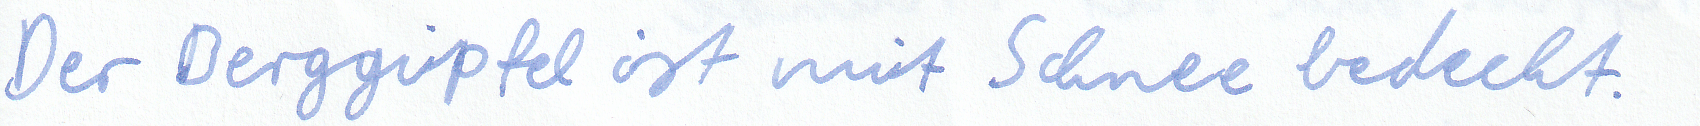
Der Berggipfel ist mit Schnee bedeckt.